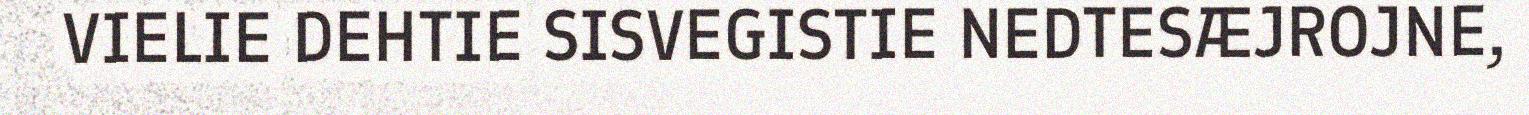
VIELIE DEHTIE SISVEGISTIE NEDTESÆJROJNE,